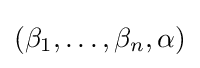
(\beta _{1},\ldots ,\beta _{n},\alpha )